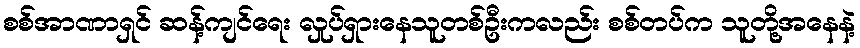
စစ်အာဏာရှင် ဆန့်ကျင်ရေး လှုပ်ရှားနေသူတစ်ဦးကလည်း စစ်တပ်က သူတို့အနေနဲ့